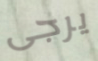
يرجى